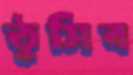
ঠুসিব